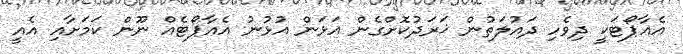
އެއާޕޯޓަކީ ދިވެހި ދައުލަތުން ޚަރަދުކޮށްގެން އަޅަން އުޅުނު އެއާޕޯޓެއް ނޫން ކަމަށާއި އެއީ